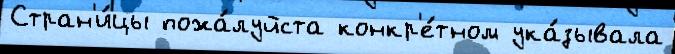
Стран'и́цы пожа́луйста конкр'е́тном ука́зывала